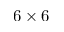
6 \times 6